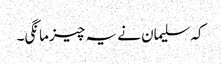
کہ سلیمان نے یہ چیز مانگی۔